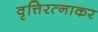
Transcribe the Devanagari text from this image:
वृत्तिरत्नाकर